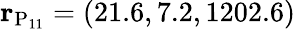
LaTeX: {\mathbf r}_{\mathrm{P_{11}}}=(21.6,7.2,1202.6)